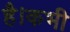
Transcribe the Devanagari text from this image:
है।कभी